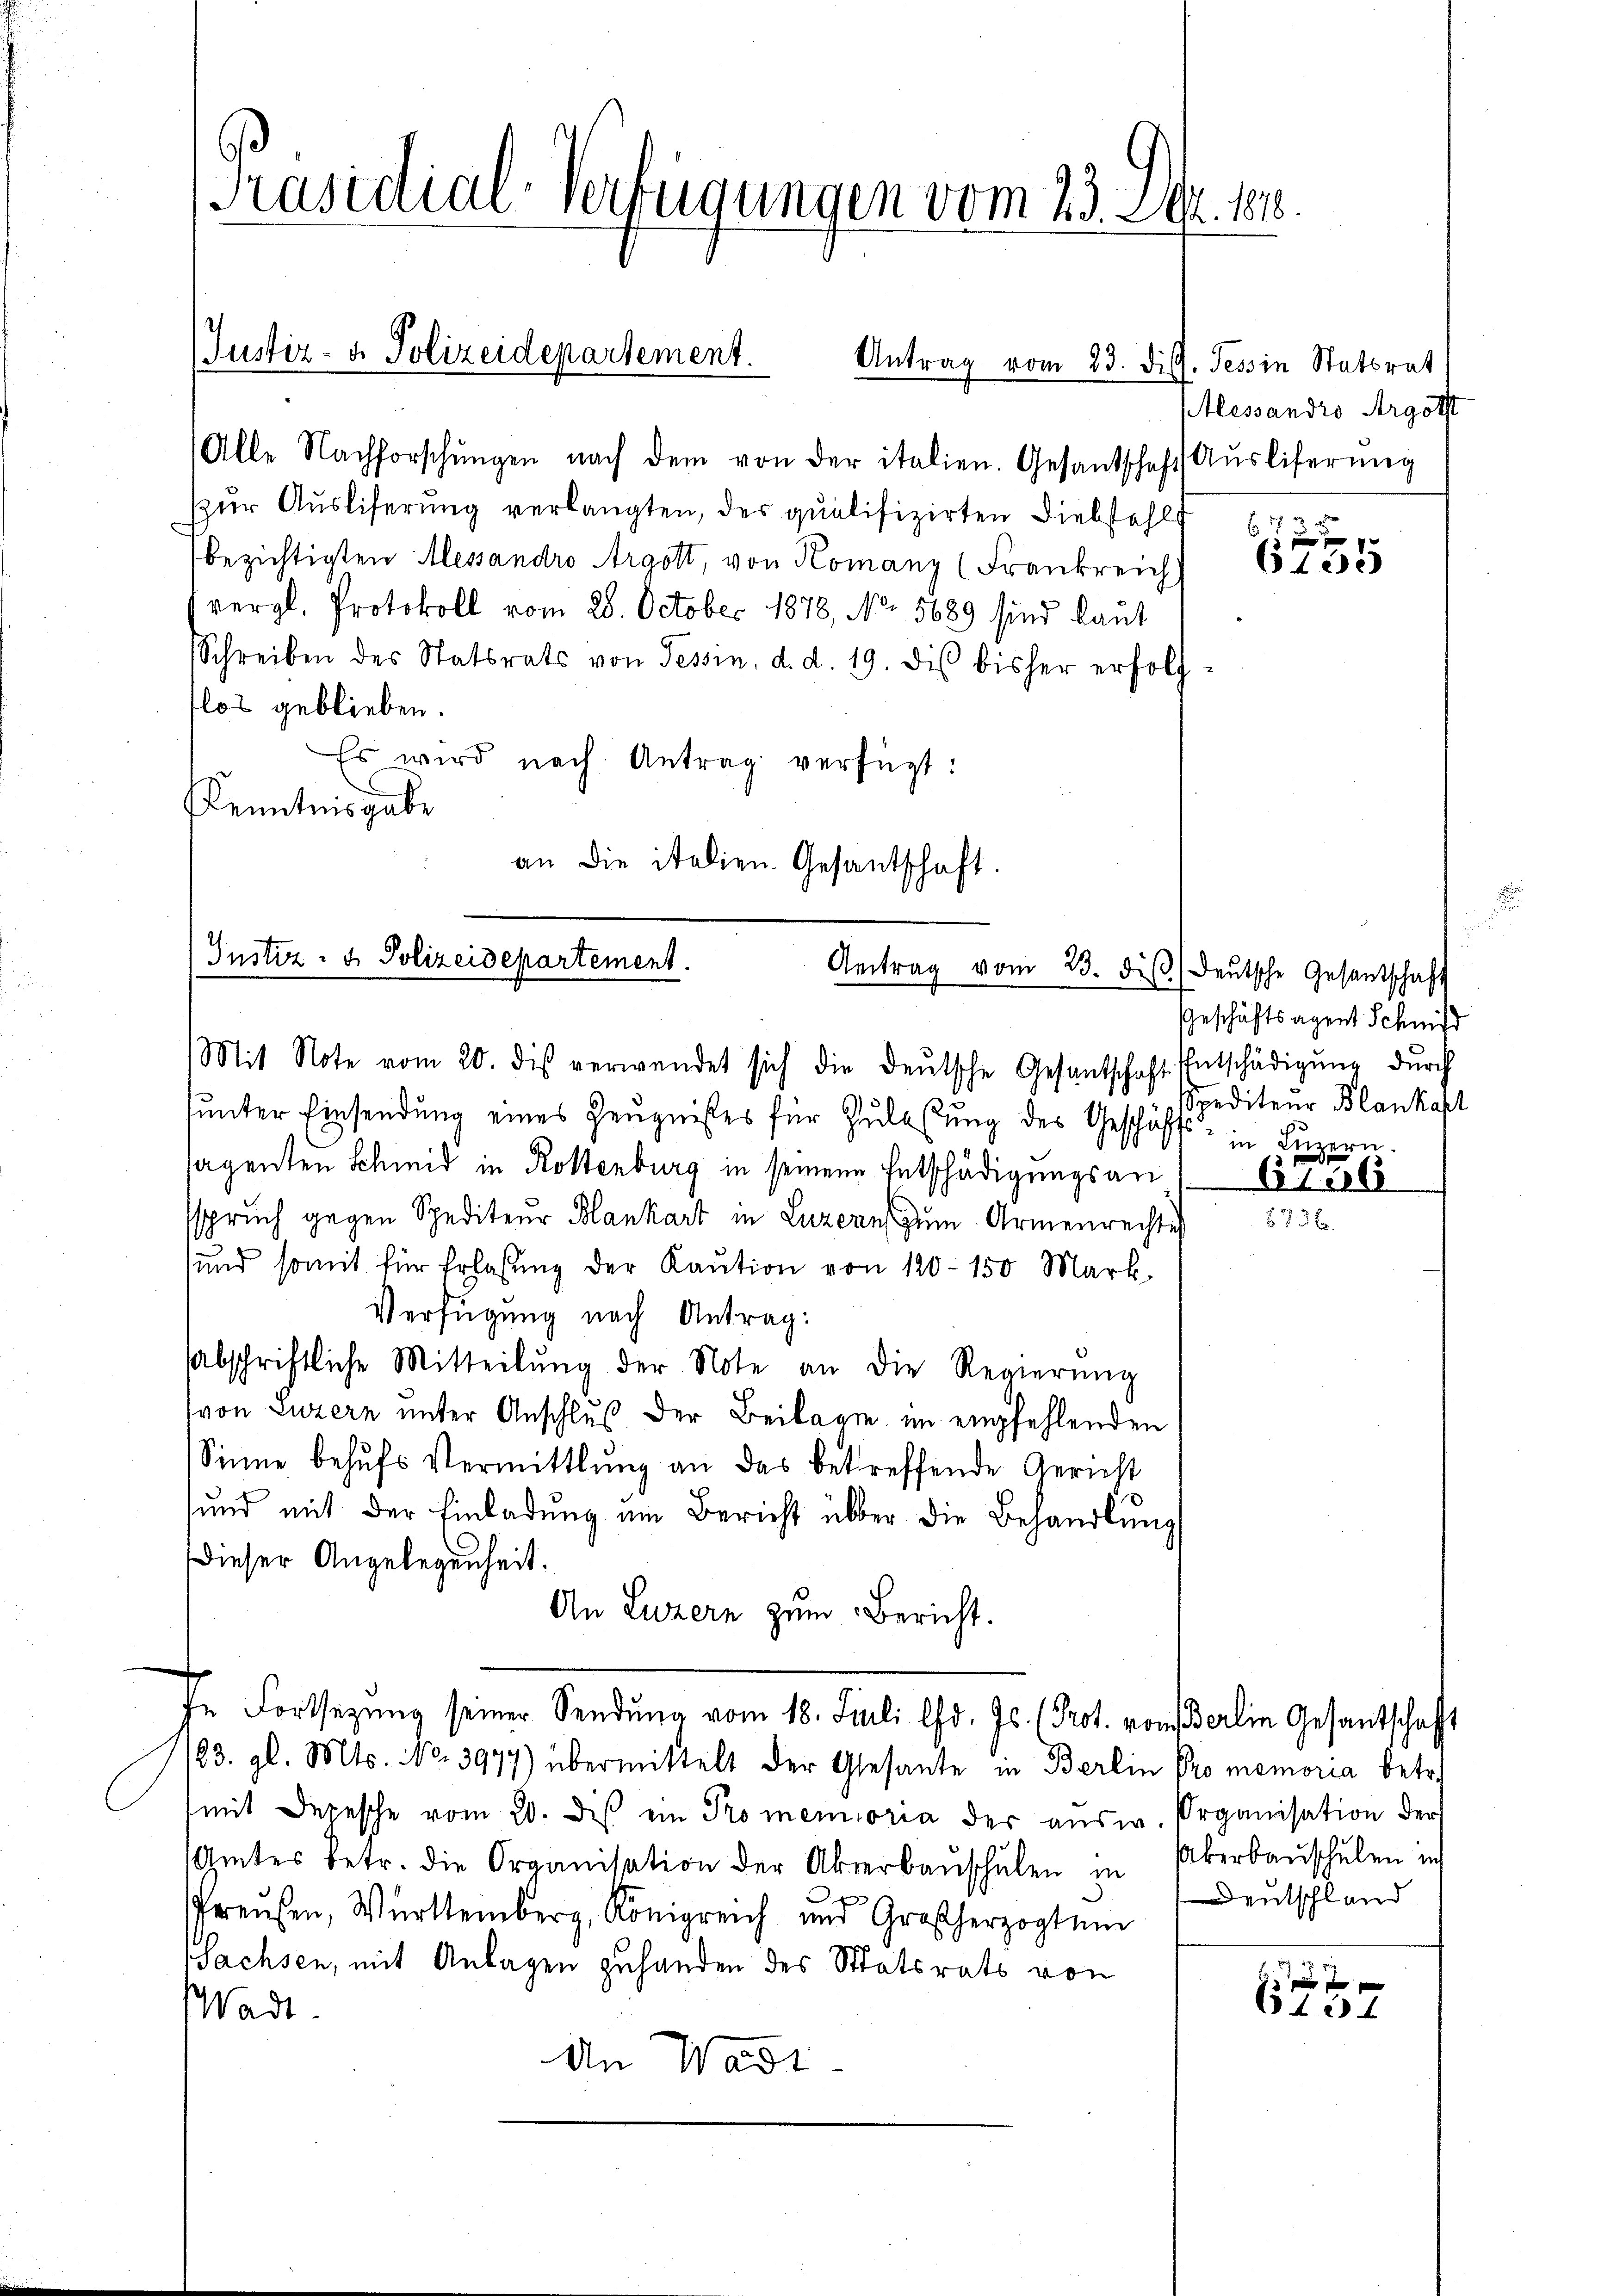
Präsidial-Verfügungen vom 23. 204. 1818.

Alle Nachforschŭngen nach dem von der italien. Gesandschaft Auslieferung
zur Ausliferung verlangten, des qualifizirten Diebstahls
bezichtigten Alessandro Argott, von Komanz (Frankreich
kvergl. Protokoll vom 28. October 1878, No. 5689 sind laut
Schreiben des Statsrats von Tessin, d. d. 19. diβ bisher erfolg
flos geblieben.
Es wird nach Antrag verfügt:
Kenntnisgabe
an die italien. Gesantschaft.

Justiz- & Polizeidepartement.
Antrag vom 23. Diss. Tessin Statsrat

Justiz- u. Polizeidepartement.
Antrag vom 23. diβ deŭtsche Gesantschaft
Mit Note vom 20. dis verwendet sich die deŭtsche Gesantschaft Entschädigŭng durch

sunter Einsendung eines Zeugnißes für Zulassung des Geschäfts
sagenten Schmid in Rottenburg in seinen Entschädigungsan
sspruch gegen Spediteur Blankart in Luzern zum Armenrechte
sund somit für Erlassŭng der Kaŭtion von 120–150 Mark.
Verfügung nach Antrag:
abschriftliche Mitteilŭng der Note an die Regierŭng
(von Luzern unter Anschluß der Beilagen im empfehlenden
Sinne behufs Vermittlung an das betreffende Gericht
sund mit der Einladung am Bericht über die Behandlung
Dieser Angelegenheit.
An Luzern zum Bericht.
In Fortsetzung seiner Sendung vom 18. Juli lfd. Js. (Prot. vom Berlin Gesantschafft
83. gl. Mts. No. 3977) übermittelt der Gesante in Berlin Promemoria betr.
mit Depesche vom 20. diβ ein Promemoria der ausw. Organisation der
Amtes betr. die Organisation der Akerbaŭschŭlen in Überbaŭschŭlen in
Preußen, Württemberg, Königreich und Großherzogtum
Sachsen, mit Anlagen zuhanden des Staatsrats von
Wadt.
An Wadi

Alessandro Argott

2f 0 x
 xx
6135

Geschäftsagent Schmid
Spediteur Blankast
in Luzern.

6756

Deutschland

6457